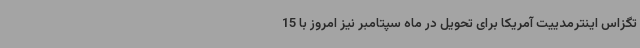
تگزاس اینترمدییت آمریکا برای تحویل در ماه سپتامبر نیز امروز با 15